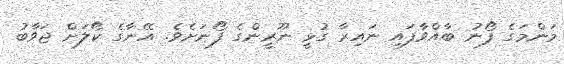
މަންމަގެ ފޯނު ބާއްވާފައި ނައިރާ ގުޅީ ނޫރީންގެ ފޯނަށެވެ. އޭނާގެ ކޯލަށް ޖަވާބު